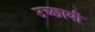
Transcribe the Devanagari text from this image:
उच्छायी